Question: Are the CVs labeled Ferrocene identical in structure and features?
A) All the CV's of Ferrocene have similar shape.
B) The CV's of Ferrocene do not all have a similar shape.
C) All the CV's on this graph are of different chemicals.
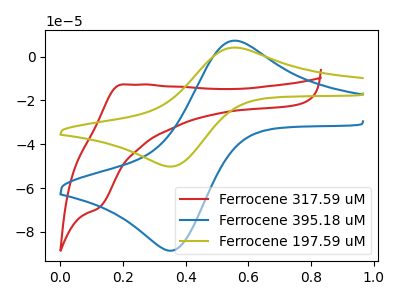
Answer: <think>The red curve "Ferrocene 317.59 uM" has an anodic peak at (0.20V, -12.75uA) and a cathodic peak at (0.10V, -69.05uA). The blue curve "Ferrocene 395.18 uM" has an anodic peak at (0.55V, 7.25uA) and a cathodic peak at (0.35V, -88.60uA). The olive curve "Ferrocene 197.59 uM" has an anodic peak at (0.55V, 4.10uA) and a cathodic peak at (0.35V, -50.20uA).
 "Ferrocene 317.59 uM" and "Ferrocene 395.18 uM" have at least one peak that do not match. "Ferrocene 317.59 uM" and "Ferrocene 197.59 uM" have at least one peak that do not match. All the peaks in "Ferrocene 395.18 uM" have a peak in "Ferrocene 197.59 uM" at the same potential. Every peak in "Ferrocene 395.18 uM" is higher than every peak in "Ferrocene 197.59 uM".</think>
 <answer>A) All the CV's of "Ferrocene" have similar shape.</answer>
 <eval>A</eval>